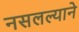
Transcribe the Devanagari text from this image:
नसलल्याने